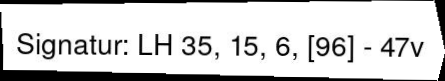
Signatur: LH 35, 15, 5, [96] - 47v